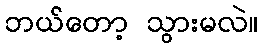
ဘယ်တော့ သွားမလဲ။